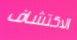
الاكتشاف